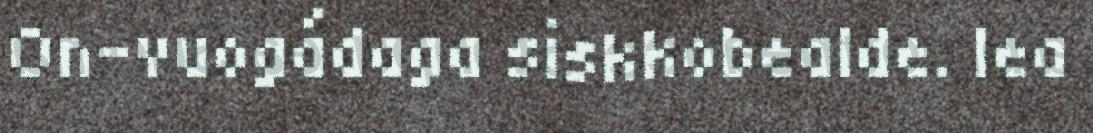
On-vuogádaga siskkobealde. lea